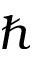
\hslash